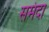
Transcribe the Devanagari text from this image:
समंदा